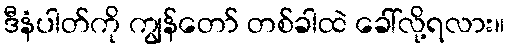
ဒီနံပါတ်ကို ကျွန်တော် တစ်ခါထဲ ခေါ်လို့ရလား။